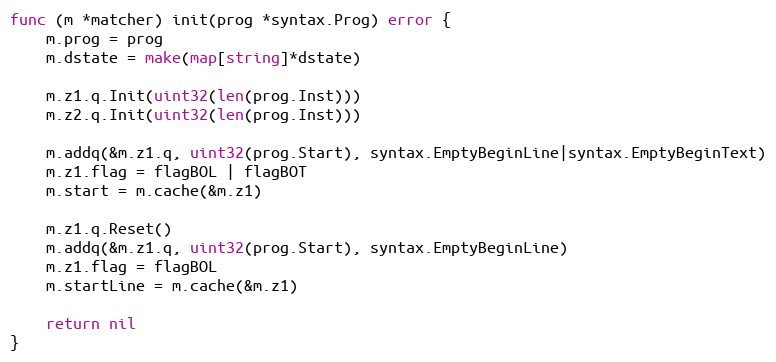
Language: Go
func (m *matcher) init(prog *syntax.Prog) error {
	m.prog = prog
	m.dstate = make(map[string]*dstate)

	m.z1.q.Init(uint32(len(prog.Inst)))
	m.z2.q.Init(uint32(len(prog.Inst)))

	m.addq(&m.z1.q, uint32(prog.Start), syntax.EmptyBeginLine|syntax.EmptyBeginText)
	m.z1.flag = flagBOL | flagBOT
	m.start = m.cache(&m.z1)

	m.z1.q.Reset()
	m.addq(&m.z1.q, uint32(prog.Start), syntax.EmptyBeginLine)
	m.z1.flag = flagBOL
	m.startLine = m.cache(&m.z1)

	return nil
}